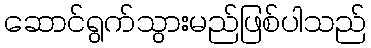
ဆောင်ရွက်သွားမည်ဖြစ်ပါသည်